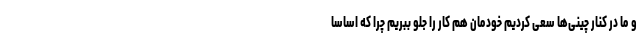
و ما در کنار چینی‌ها سعی کردیم خودمان هم کار را جلو ببریم چرا که اساسا